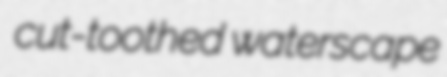
cut-toothed waterscape